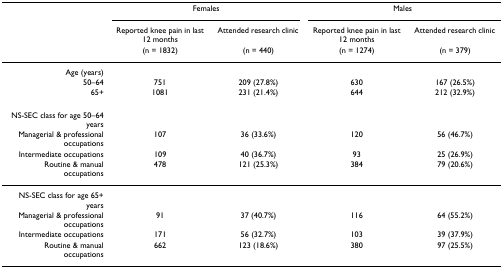
<table><thead><tr><td></td><td colspan="2"><b>Females</b></td><td colspan="2"><b>Males</b></td></tr><tr><td></td><td><b>Reported knee pain in last 12 months </b></td><td><b>Attended research clinic </b></td><td><b>Reported knee pain in last 12 months </b></td><td><b>Attended research clinic </b></td></tr><tr><td></td><td><b>(n = 1832)</b></td><td><b>(n = 440)</b></td><td><b>(n = 1274)</b></td><td><b>(n = 379)</b></td></tr></thead><tbody><tr><td>Age (years)</td><td></td><td></td><td></td><td></td></tr><tr><td> 50–64</td><td>751</td><td>209 (27.8%)</td><td>630</td><td>167 (26.5%)</td></tr><tr><td> 65+</td><td>1081</td><td>231 (21.4%)</td><td>644</td><td>212 (32.9%)</td></tr><tr><td>NS-SEC class for age 50–64 years</td><td></td><td></td><td></td><td></td></tr><tr><td> Managerial &amp; professional occupations</td><td>107</td><td>36 (33.6%)</td><td>120</td><td>56 (46.7%)</td></tr><tr><td> Intermediate occupations</td><td>109</td><td>40 (36.7%)</td><td>93</td><td>25 (26.9%)</td></tr><tr><td> Routine &amp; manual occupations</td><td>478</td><td>121 (25.3%)</td><td>384</td><td>79 (20.6%)</td></tr><tr><td>NS-SEC class for age 65+ years</td><td></td><td></td><td></td><td></td></tr><tr><td> Managerial &amp; professional occupations</td><td>91</td><td>37 (40.7%)</td><td>116</td><td>64 (55.2%)</td></tr><tr><td> Intermediate occupations</td><td>171</td><td>56 (32.7%)</td><td>103</td><td>39 (37.9%)</td></tr><tr><td> Routine &amp; manual occupations</td><td>662</td><td>123 (18.6%)</td><td>380</td><td>97 (25.5%)</td></tr></tbody></table>